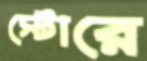
স্টোরে